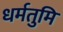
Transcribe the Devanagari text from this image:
धर्मतुमि